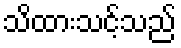
သိထားသင့်သည်